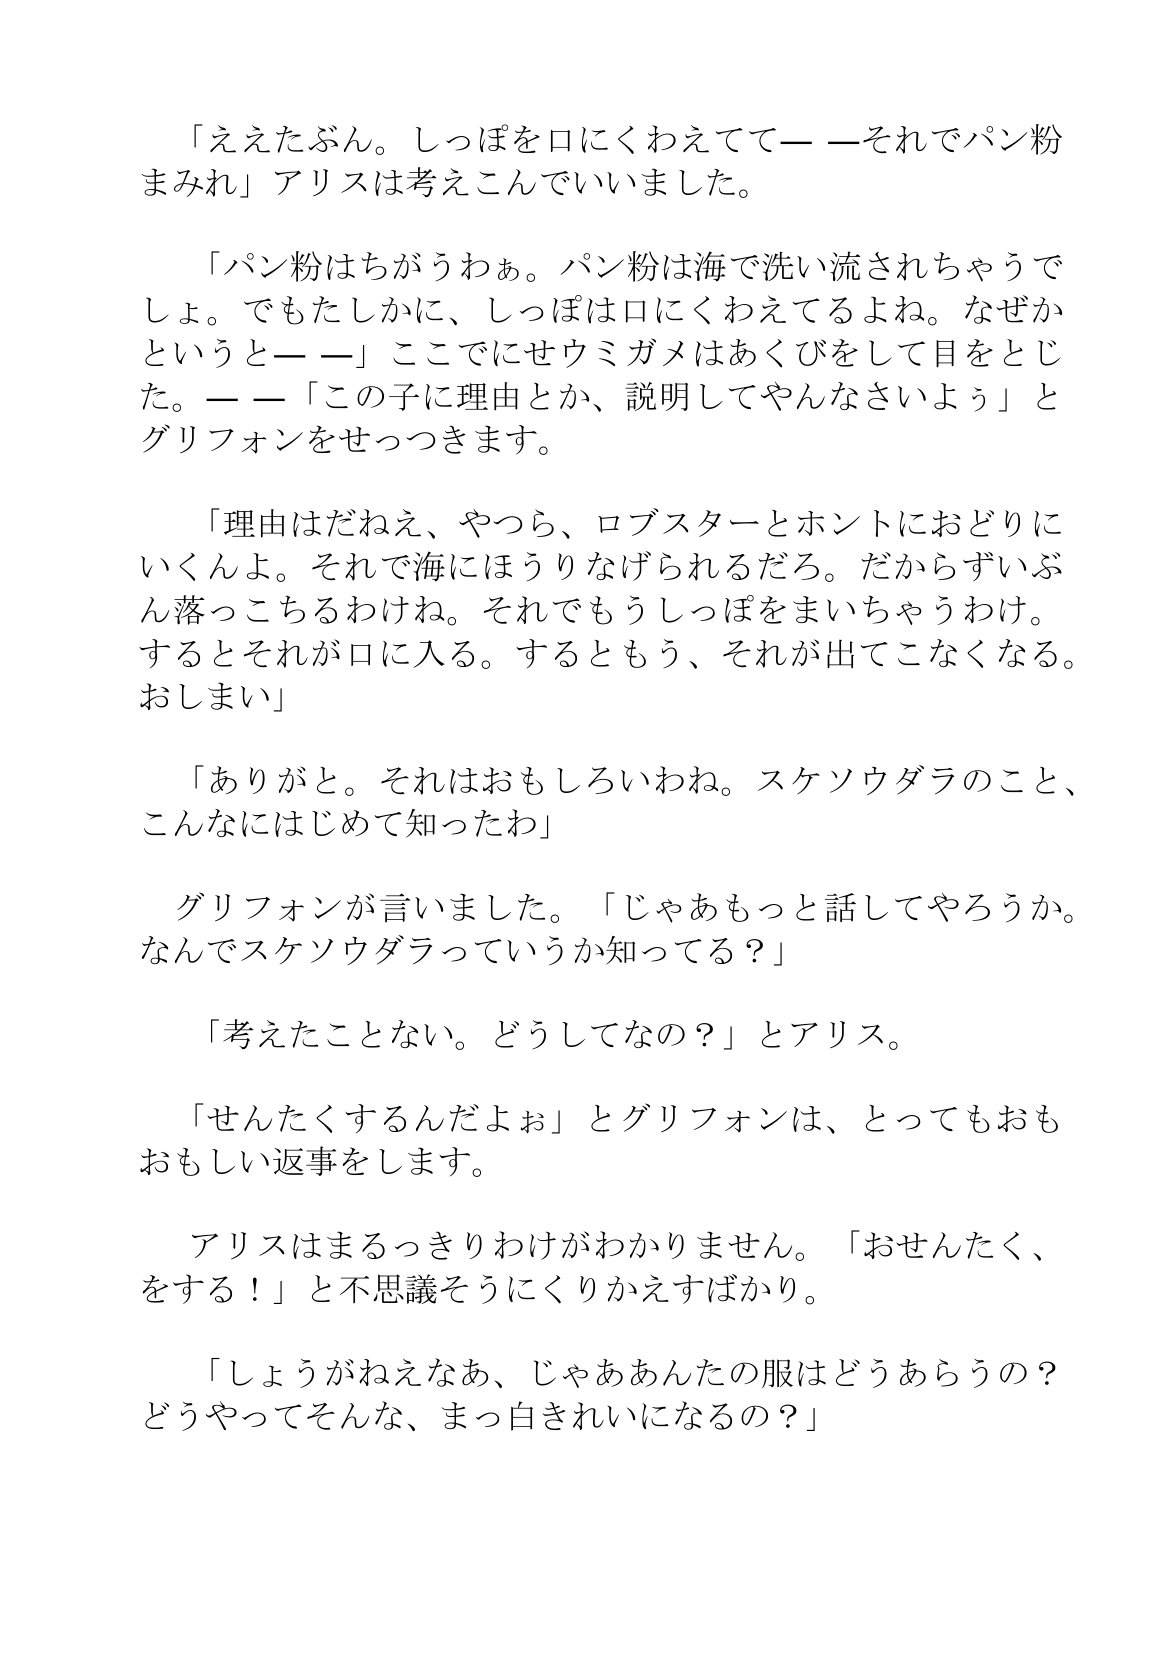
Language: ja